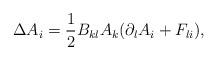
LaTeX: \begin{align*}\Delta A_i = \frac{1}{2} B_{kl} A_k (\partial_l A_i + F_{li}),\end{align*}